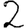
Digit: 2